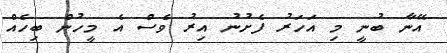
އޭނާ ބުނީ މި އަހަރު ފެށުނު އިރު ވެސް އެ މީހުން ބިހެއް